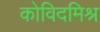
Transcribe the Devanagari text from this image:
कोविदमिश्र